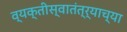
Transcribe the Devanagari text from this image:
व्यक्तीस्वातंत्र्याच्या